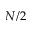
N / 2